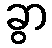
ခွာ